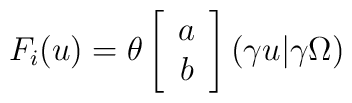
F_i(u)=\theta \left[ \begin{array}{c}                  a \\ b                  \end{array} \right]\left(\gamma u|\gamma \Omega \right)